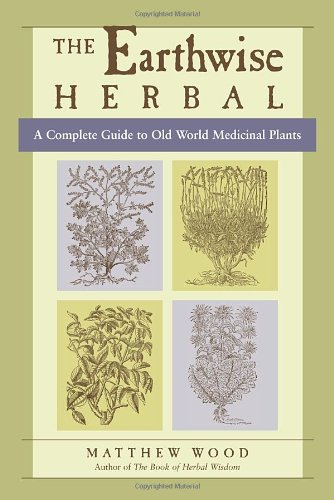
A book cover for The Earthwise Herbal: A Complete Guide to Old World Medicinal Plants; Matthew Wood; Health, Fitness & Dieting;